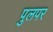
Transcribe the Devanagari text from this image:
पुलपर